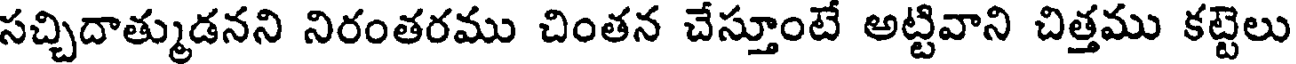
సచ్చిదాత్ముడనని నిరంతరము చింతన చేస్తూంటే అట్టివాని చిత్తము కట్టెలు